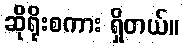
ဆိုရိုးစကား ရှိတယ်။